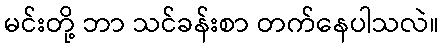
မင်းတို့ ဘာ သင်ခန်းစာ တက်နေပါသလဲ။